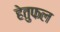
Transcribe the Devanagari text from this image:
हेतुफल